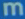
m